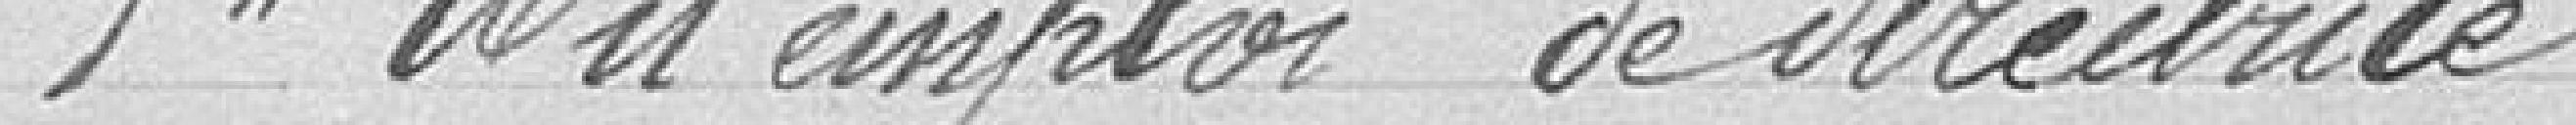
1° Un emploi de directrice